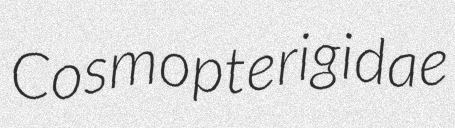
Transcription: Cosmopterigidae